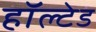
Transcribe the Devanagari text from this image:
हॉल्टेड